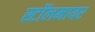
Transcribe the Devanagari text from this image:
स्टॉलमायर